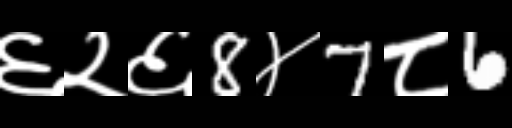
Text: ६२६8४7८6